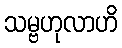
သမ္ဗဟုလာဟိ